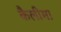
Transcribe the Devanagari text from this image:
कैलीमा